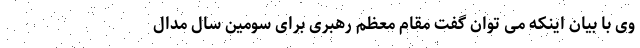
وی با بیان اینکه می توان گفت مقام معظم رهبری برای سومین سال مدال